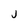
Character: j